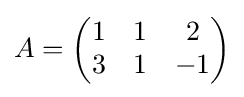
A={\begin{pmatrix}1&1&2\\3&1&-1\\\end{pmatrix}}